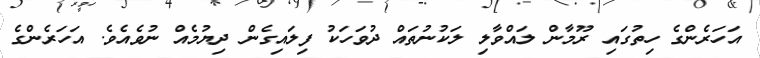
އަހަރެންގެ ހިތުގައި ރޫމާން ލައްވާލި ލަކުނުތައް ދުވަހަކު ފިލައިގެން ދިޔުމެއް ނުވެއެވެ. އަހަރެންގެ